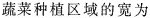
蔬菜种植区域的宽为